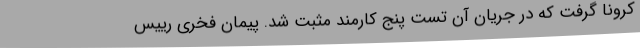
کرونا گرفت که در جریان آن تست پنج کارمند مثبت شد. پیمان فخری رییس